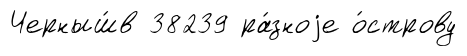
Черныш́в 38239 ра́зноjе о́строву